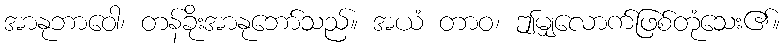
အာနုဘာဝေါ၊ တန်ခိုးအာနုဘော်သည်။ အယံ တာဝ၊ ဤမျှလောက်ဖြစ်တုံသေး၏။